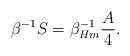
LaTeX: \begin{align*} \beta^{-1} S =\beta_{Hm}^{-1} {A\over 4}.\end{align*}